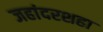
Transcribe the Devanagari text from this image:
जहांदरशहा